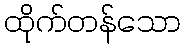
ထိုက်တန်သော